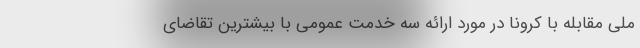
ملی مقابله با کرونا در مورد ارائه سه خدمت عمومی با بیشترین تقاضای